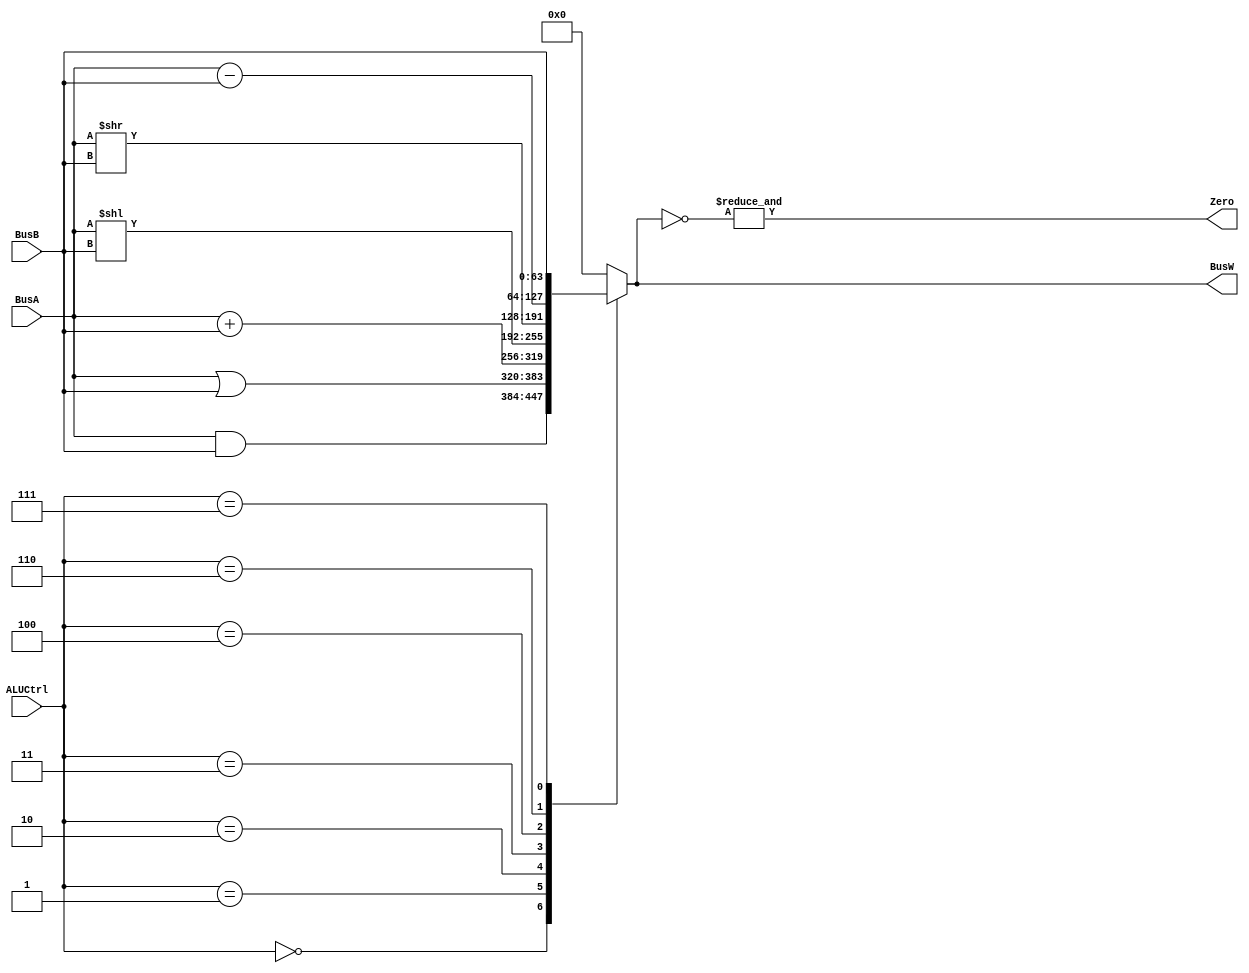
`define AND 4'b0000
`define OR 4'b0001
`define ADD 4'b0010
`define LSL 4'b0011
`define LSR 4'b0100
`define SUB 4'b0110
`define PassB 4'b0111


module ALU(BusW, BusA, BusB, ALUCtrl, Zero);
    
    parameter n = 64;

    output  [n-1:0] BusW;
    input   [n-1:0] BusA, BusB;
    input   [3:0] ALUCtrl;
    output  Zero;
    
    reg     [n-1:0] BusW;
    
    always @(ALUCtrl or BusA or BusB) begin
        case(ALUCtrl)
            `AND: begin
                BusW <= #20 (BusA & BusB);
            end
            `OR: begin
                BusW <= #20 (BusA | BusB);
            end
            `ADD: begin
                BusW<= #20 (BusA + BusB);
            end
            `LSL: begin
                BusW<= #20 (BusA << BusB);
            end
            `LSR: begin
                BusW <= #20 (BusA >> BusB);
             end
             `SUB: begin
                BusW <= #20 (BusA - BusB);
             end
             `PassB: begin
                BusW <= #20 (BusB);
              end
              default: begin
                BusW <= #20 64'd0;
              end
        endcase
    end

   assign #1 Zero = (&(~BusW));
endmodule



/*
`timescale 1ns / 1ps

//////////////////////////////////////////////////////////////////////////////////
// Company: 
// Engineer: 
// 
// Design Name: 
// Module Name: ALU
// Project Name: 
// Target Devices: 
// Tool Versions: 
// Description: 
// 
// Dependencies: 
// 
// Revision:
// Revision 0.01 - File Created
// Additional Comments:
// 
//////////////////////////////////////////////////////////////////////////////////


module ALU(BusOut, BusAi, BusBi, ALUCtrl, Zero);
    
    //Control Parameters
    parameter AND = 4'b0000,
              OR = 4'b0001,
              ADD = 4'b0010,
              LSL = 4'b0011,
              LSR = 4'b0100,
              SUB = 4'b0110,
              PassB = 4'b0111;

              
    parameter n = 64;
    
    output [n-1:0] BusOut;
    input  [n-1:0] BusAi, BusBi;
    input  [3:0] ALUCtrl;
    output Zero;
    
    reg [63:0] BusW;
    reg [63:0] BusA;
    reg [63:0] BusB;
    
    //BusA <= BusAi;
    //BusB <= BusBi;
    
    always@(ALUCtrl or BusA or BusB) begin
        BusA <= BusAi;
        BusB <= BusBi;
    
        case(ALUCtrl)
            // AND
            4'b0000: begin                  // AND
                 BusW <= #20 (BusA & BusB);
             end
            // OR
            4'b0001: begin                  // OR
                BusW <= #20 BusA | BusB;
            end
            // ADD                          // ADD
            4'b0010: begin
                BusW <= #20 BusA + BusB;
            end
            // LSL                          // LSL
            4'b0011: begin
                BusW <=  #20 BusA << BusB;
            end
            // LSR                          // LSR
            4'b0100: begin
                BusW <= #20 BusA >> BusB;
            end
            // SUB                          // SUB
            4'b0110: begin
                BusW <= #20 (BusA - BusB);
            end
            // PassB                        // PassB
            4'b0111: begin
                BusW <= #20 BusB;
            end 
            default: begin
                BusW <= #20 64'b0;
            end
        endcase
        
    end
    assign BusOut = BusW;
    assign #1 Zero = (&(~BusW));
endmodule
*/